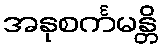
အနုစင်္ကမန္တိ